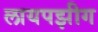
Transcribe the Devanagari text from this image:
लायपझीग